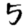
Digit: 5